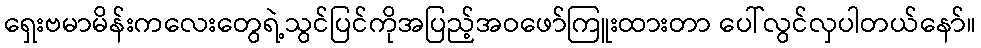
ရှေးဗမာမိန်းကလေးတွေရဲ့သွင်ပြင်ကိုအပြည့်အဝဖော်ကြူးထားတာ ပေါ်လွင်လှပါတယ်နော်။